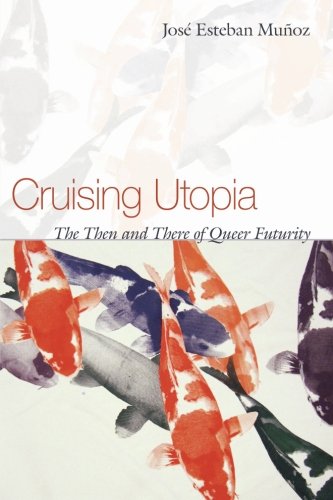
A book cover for Cruising Utopia: The Then and There of Queer Futurity (Sexual Cultures); Jose Esteban Munoz; Gay & Lesbian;